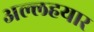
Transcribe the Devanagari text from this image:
अल्लहयार